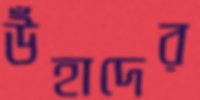
উঁহাদের